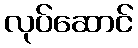
လုပ်ဆောင်